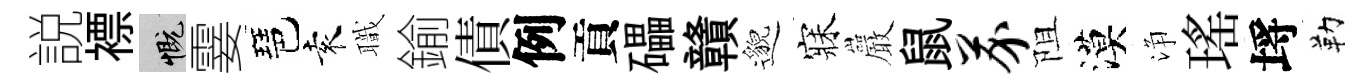
説褾慨霎琶袁職鍮債例貢礧贛邈寐巖鼠芥阻漠浄瑤埓勒